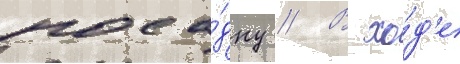
поса́дку // В хо́д'е